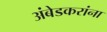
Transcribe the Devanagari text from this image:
अंबेडकरांना